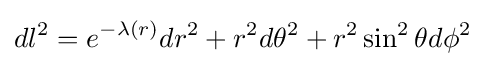
dl^{2}=e^{-\lambda (r)}{dr^{2}}+r^{2}d\theta ^{2}+r^{2}\sin ^{2}\theta d\phi ^{2}